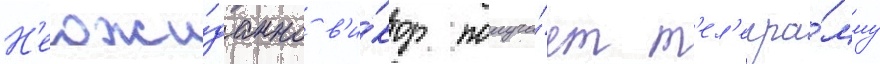
Н'еожи́данно в'и́ктор получа́ет т'ел'егра́мму